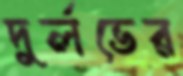
দুর্লভের